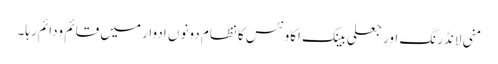
منی لانڈرنگ اور جعلی بینک اکاونٹس کا نظام دونوں ادوار میں قائم ودائم رہا۔